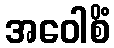
အဝေါစိံ